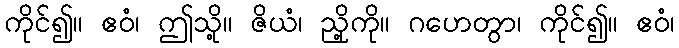
ကိုင်၍။ ဧဝံ၊ ဤသို့။ ဇိယံ၊ ညှို့ကို။ ဂဟေတွာ၊ ကိုင်၍။ ဧဝံ၊